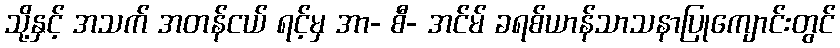
သို့နှင့် အသက် အတန်ငယ် ရင့်မှ အာ- စီ- အင်မ် ခရစ်ယာန်သာသနာပြုကျောင်းတွင်